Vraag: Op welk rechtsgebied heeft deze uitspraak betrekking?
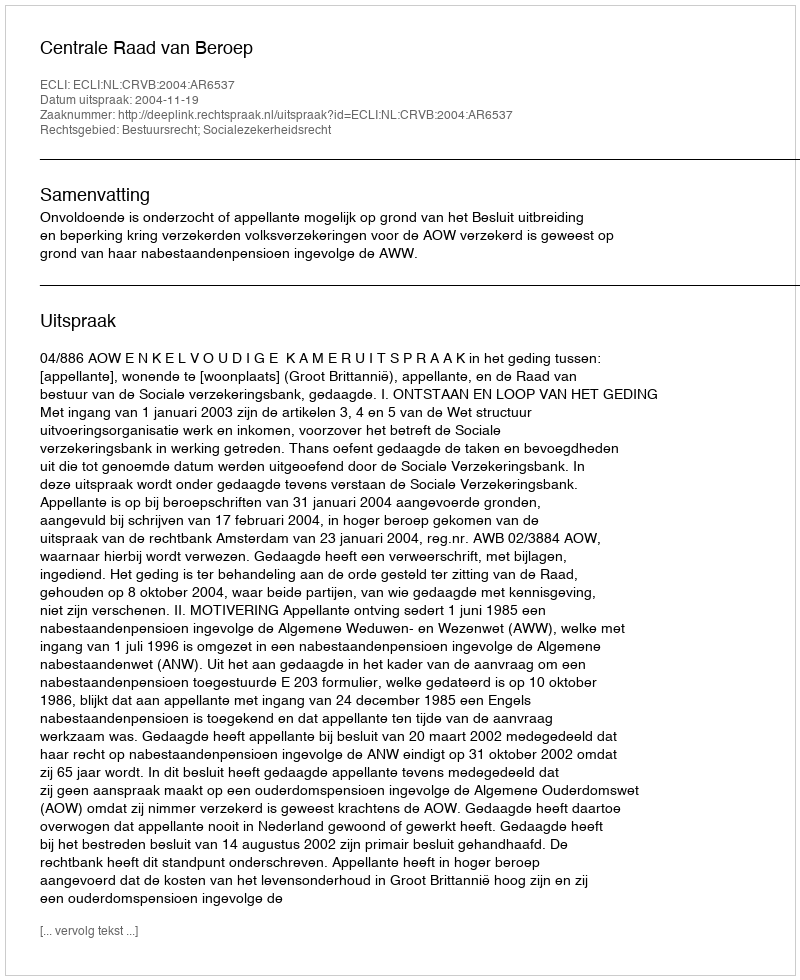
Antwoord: Bestuursrecht; Socialezekerheidsrecht